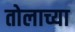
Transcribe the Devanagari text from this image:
तोलाच्या